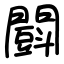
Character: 𨶜